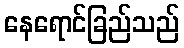
နေရောင်ခြည်သည်